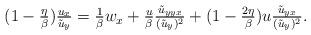
LaTeX: \begin{align*}\begin{array}{ll}(1-\frac{\eta}{\beta})\frac{u_x}{\tilde{u}_y}= \frac{1}{\beta}w_x +\frac{u}{\beta}\frac{\tilde{u}_{yyx}}{(\tilde{u}_y)^2} + (1-\frac{2\eta}{\beta})u\frac{\tilde{u}_{yx}}{(\tilde{u}_y)^2}.\end{array}\end{align*}